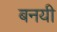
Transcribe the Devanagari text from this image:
बनयी